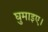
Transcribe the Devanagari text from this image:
घुमाइए।